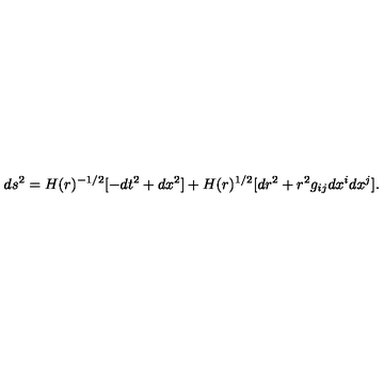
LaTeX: d s ^ { 2 } = H ( r ) ^ { - 1 / 2 } [ - d t ^ { 2 } + d x ^ { 2 } ] + H ( r ) ^ { 1 / 2 } [ d r ^ { 2 } + r ^ { 2 } g _ { i j } d x ^ { i } d x ^ { j } ] .